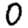
Digit: 0